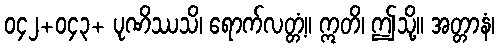
၀၄၂+၀၄၃+ ပုဏိဿသိ၊ ရောက်လတ္တံ့။ ဣတိ၊ ဤသို့။ အတ္တာနံ၊